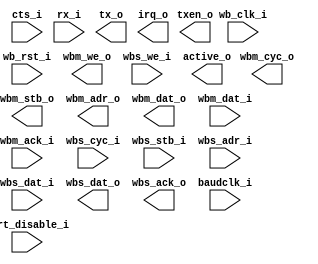
/* Copyright 2008-2009, Unpublished Work of Technologic Systems
 * All Rights Reserved.
 *
 * THIS WORK IS AN UNPUBLISHED WORK AND CONTAINS CONFIDENTIAL,
 * PROPRIETARY AND TRADE SECRET INFORMATION OF TECHNOLOGIC SYSTEMS.
 * ACCESS TO THIS WORK IS RESTRICTED TO (I) TECHNOLOGIC SYSTEMS 
 * EMPLOYEES WHO HAVE A NEED TO KNOW TO PERFORM TASKS WITHIN THE SCOPE
 * OF THEIR ASSIGNMENTS AND (II) ENTITIES OTHER THAN TECHNOLOGIC
 * SYSTEMS WHO HAVE ENTERED INTO APPROPRIATE LICENSE AGREEMENTS.  NO
 * PART OF THIS WORK MAY BE USED, PRACTICED, PERFORMED, COPIED, 
 * DISTRIBUTED, REVISED, MODIFIED, TRANSLATED, ABRIDGED, CONDENSED, 
 * EXPANDED, COLLECTED, COMPILED, LINKED, RECAST, TRANSFORMED, ADAPTED
 * IN ANY FORM OR BY ANY MEANS, MANUAL, MECHANICAL, CHEMICAL, 
 * ELECTRICAL, ELECTRONIC, OPTICAL, BIOLOGICAL, OR OTHERWISE WITHOUT
 * THE PRIOR WRITTEN PERMISSION AND CONSENT OF TECHNOLOGIC SYSTEMS.
 * ANY USE OR EXPLOITATION OF THIS WORK WITHOUT THE PRIOR WRITTEN
 * CONSENT OF TECHNOLOGIC SYSTEMS COULD SUBJECT THE PERPETRATOR TO
 * CRIMINAL AND CIVIL LIABILITY.
 */
/*
 * TS-XUART - 8 asynchronous serial RX/TX with extended features
 * 
 * There are 2 wishbone interfaces, one master and one slave.  The
 * master should be connected to a 8 kbyte, 16-bit wide dual port
 * memory.  The slave is the control interface and contains 11 16-bit
 * registers.  In the below, 'iobase' refers to the address of the
 * processor the slave interface is mapped to, while 'membase' refers
 * to the address the dual ported RAM is decoded to.
 * 
 * Register map:
 * iobase + 0x0: TX/RX control channel #0
 *   bits 15-8: RCNT (read) / RIRQ (write)
 *   bits 7-0: TXPOS (read) / TXSTOP (write)
 * 
 * RCNT signifies the current count of entries written to the RX fifo
 * for the particular UART.  This counter will increment every time
 * an entry is written into the RX ring buffer on behalf of this UART
 * and wrap back to 0 on overflow.  An interrupt will be flagged on
 * a new received character when RCNT == RIRQ.  By this mechanism,
 * protocol request/response latency less than 1 bit time can be
 * acheived by precisely coordinating an interrupt to be generated at
 * end of packet should the packet size be known ahead of time.  Due
 * to possible internal synchronization issues, the RCNT cannot be
 * written from the CPU, so even though its reset value is 0, that
 * fact should not be counted on in driver software.
 * 
 * TXPOS is the position in the TX ring buffer of the next character
 * to be sent.  When TXPOS == TXSTOP the transmission is complete and
 * the UART will be idle.  To transmit characters, breaks, or timed
 * idle periods the UART TX ring should be loaded with data starting
 * at the current TXPOS and TXSTOP should be updated to point one past
 * the last entry.  Similar to RCNT, TXPOS is not writeable.
 * 
 * iobase + 0x2: TX/RX control channel #1
 * iobase + 0x4: TX/RX control channel #2
 * iobase + 0x6: TX/RX control channel #3
 * iobase + 0x8: TX/RX control channel #4
 * iobase + 0xa: TX/RX control channel #5
 * iobase + 0xc: TX/RX control channel #6
 * iobase + 0xe: TX/RX control channel #7
 * iobase + 0x10: IRQ status and acknowledgement
 *   bits 15-8: RXIRQ (1 - IRQ pending, 0 - IRQ not pending)
 *   bits 7-0: TXIRQ (1 - IRQ pending, 0 - IRQ not pending)
 * 
 * The IRQ signal output is set whenever any of the above bits are
 * set.  IRQ will continue to be asserted until all set bits are cleared.
 * Writes will have no effect.  To deassert TX IRQs, respective 
 * TX/RX control channel register must be read.  Bit 0 corresponds
 * to UART channel #0.
 * 
 * A TX IRQ is set whenever a TX op is loaded in the TX shift register
 * with the most-significant bit set (bit 15).  By specifically picking
 * which TX bytes will generate IRQs, IRQ load can be low while still
 * ensuring the transmitter is kept busy and at 100% utilization with
 * no inter-character idle gaps.
 * 
 * A RX IRQ is set either when RCNT == RIRQ as set in registers 0x0
 * - 0xe, or when a per-UART programmable idle threshold is exceeded.
 * This threshold can be set to generate an IRQ after 1, 2, 4, or 8
 * bit times of idle allowing an IRQ to be generated only after a
 * string of back-to-back characters has been received.  Details on
 * how this idle threshold is set is described below.  All RX IRQ bits
 * will be cleared on read of RX address (iobase + 0x14).
 * 
 * iobase + 0x12: TX/RX status
 *   bits 15-8: RX enabled (1 - RX is enabled, 0 - RX is disabled) (RW)
 *   bits 7-0: TX pending (1 - TX is running, 0 - TX completed) (RO)
 * 
 * When RX is first enabled, the first RX entry may be an idle or
 * break. The time as recorded will not have started from the moment
 * the UART was enabled and should probably be thrown away.
 * 
 * iobase + 0x14: RX address  (read-only)
 *   bits 15-0: current RX address (next to be written)
 * iobase + 0x16: TX config (write-only)
 *   bits 15-0: TX config (2-bits per channel)
 *     0 - TX suspended (TX idle)
 *     1 - TX suspended (TX break instead)
 *     2 - TX enabled
 *     3 - TX enabled with hardware CTS flow control
 * iobase + 0x16: TX flow control status (read-only)
 *   bits 15-0: TX flow status (2-bits per channel)
 *     0 - TX idle, CTS input deasserted
 *     1 - TX busy, CTS input deasserted
 *     2 - TX idle, CTS input asserted
 *     3 - TX busy, CTS input asserted
 *   
 * Memory map:
 * membase + 0x0: RX ring buffer
 * membase + 0x1000: TX ring buffer #0
 * membase + 0x1200: TX ring buffer #1
 * membase + 0x1400: TX ring buffer #2
 * membase + 0x1600: TX ring buffer #3
 * membase + 0x1800: TX ring buffer #4
 * membase + 0x1a00: TX ring buffer #5
 * membase + 0x1c00: TX ring buffer #6
 * membase + 0x1e00: TX ring buffer #7
 * 
 * TX opcodes:
 * ===========
 * 
 * Each transmitter has a dedicated 256 entry ring buffer in an external
 * memory.  Each entry is 16 bits and contains not only bytes to be
 * transmitted, but also opcodes for fixed length break/idle and
 * commands to change UART parameters such as baud rate, idle threshold,
 * and mode.  TX memory starts at offset 0x1000 of the external UART
 * memory and each ring buffer is laid out contigously.
 * 
 * The format of TX opcodes follow:
 * 
 *   bits 15-14: reserved, should be zero.
 *   bit 13: sets TX IRQ at start of TX processing this entry
 *   bit 12-11: opcode type
 *     00 - transmit data character
 *     01 - transmit timed break
 *     10 - transmit timed idle
 *     11 - control opcode (updates internal UART regs)
 *   bits 10-0: opcode data
 * 
 * Opcode '00' data bits 10-0 are right justified character data bits.
 * Number of data bits can be 7-10 as configured below.
 * 
 * Opcode '01' and '10' data bits 9-0 represent the number of bit
 * times the chosen line condition is set for (idle or break) until
 * the next character.  If bit 10 is set, the 10 bit number is left
 * shifted by 6 to allow for longer periods than could be represented
 * in a 10 bit counter.  Two back to back break opcodes will have at
 * least 2 bit times of idle between them.
 * 
 * Opcode '11' is for updating internal 16-bit UART registers.  The
 * 11 bit opcode data field is broken down into a 3 bit sub-op and a
 * 8 bit data payload.  The 3 bit sub-op represents the address of
 * the internal register to update and is the most-significant 3 bits
 * of the opcode data (bits 10-8).  Since each register is 16 bits
 * and there is only room for 8 bits of data, the upper 8 bits must
 * be latched in a previous control opcode by writing to the sub-op
 * field the reserved address of 7 (111).  The internal registers are
 * as follows:
 * 
 *   0: baud prescalar - 16 bit counter to generate 8x baud freq
 *   1: control reg
 *      bits 15-4: unused (don't cares)
 *      bits 3-2: idle threshold - sets RX irq after set idle time
 *        00 - 1 bit time
 *        01 - 8 bit times
 *        10 - 16 bit times
 *        11 - 32 bit times
 *      bits 1-0: character size
 *        00 - 7 bits
 *        01 - 8 bits
 *        10 - 9 bits
 *        11 - 10 bits
 *    2-6: reserved
 * 
 * All traditional UART modes are possible with 7-10 bit character
 * sizes.  The UART does not have special provision for automatically
 * appending/checking parity bits or multiple stop bits--  instead
 * these must be handled with software. A single start bit and single
 * stop bit is assumed with each transmit word.  Parity and multiple
 * stop bits can be added easily in software with precomputed lookup
 * tables.
 * 
 * RX processing:
 * ==============
 * 
 * The receiver uses 4kbytes arranged as a 2048 x 16-bit ring buffer.
 * When a character, break, or period of idle exceeding the set idle
 * threshold is received, an entry is written to the current address
 * in the ring buffer and the current address is incremented.  When
 * the address reaches the end of the ring buffer, it rolls over back
 * to 0.  The format of each entry into the ring buffer is as follows:
 * 
 *   bits 15-13: UART# character received from
 *   bits 12-11: RX type
 *     00 - character
 *     01 - break
 *     10 - idle
 *     11 - Invalid -- will never be written
 *   bits 10-0: RX data
 * 
 * When RX type is '00', the received character is present in data
 * bits 10-0 left justified.  The remaining LSB bits are random and
 * should not be used.
 * 
 * When the RX type is '01' or '10' -- indicating a break condition
 * or an extended period of idle was detected -- the remaining 11
 * least significant bits represent the length of the condition in
 * bit times.  However, if bit 10 is set, the actual 10 bit result
 * should be left shifted by 6.  A break of any length will be reported,
 * but an idle RX entry will only be inserted into the ring buffer if
 * it exceeds the programmed idle threshold from above.  A break must
 * first exceed the character time before being considered a break and
 * the counter only starts once that happens, i.e. for a 8N1 (8 data
 * bits, 1 start bit, 1 stop bit) 10 should be added to the counted
 * result.
 * 
 * Since an RX type of '11' will never be written, software may choose
 * to write this value to all data bytes as a way to know how much of
 * the RX ring buffer has been updated since the last RX processing
 * event.  It is expected that RX processing be not only run in response
 * to an RX interrupt, but also as part of a low speed timer interrupt.
 * By knowing which UARTS are activated and at what baud rates and
 * idle thresholds, worst case ring buffer overflow time can be
 * computed.
 * 
 */

module ts_xuart(
  wb_clk_i,
  wb_rst_i,

  wbm_cyc_o,
  wbm_stb_o,
  wbm_we_o,
  wbm_adr_o,
  wbm_dat_o,
  wbm_dat_i,
  wbm_ack_i,

  wbs_cyc_i,
  wbs_stb_i,
  wbs_we_i,
  wbs_adr_i,
  wbs_dat_i,
  wbs_dat_o,
  wbs_ack_o,

  uart_disable_i,
  baudclk_i,
  cts_i,
  rx_i,
  tx_o,
  txen_o,
  active_o,
  irq_o
);
input wb_clk_i, wb_rst_i, wbm_ack_i, wbs_cyc_i, wbs_stb_i, wbs_we_i;
output wbm_cyc_o, wbm_stb_o, wbm_we_o, wbs_ack_o;
input [15:0] wbm_dat_i, wbs_dat_i;
output [15:0] wbm_adr_o;
input [31:0] wbs_adr_i;
output [15:0] wbm_dat_o, wbs_dat_o;
input [7:0] rx_i;
input [7:0] cts_i;
output [7:0] tx_o, txen_o, active_o;
output irq_o;
input baudclk_i;
input [7:0] uart_disable_i;

endmodule